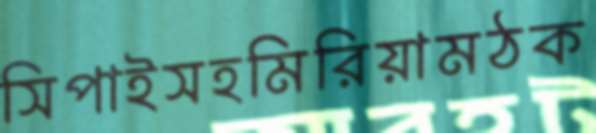
সিপাইসহমিরিয়ামঠক